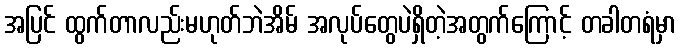
အပြင် ထွက်တာလည်းမဟုတ်ဘဲအိမ် အလုပ်တွေပဲရှိတဲ့အတွက်ကြောင့် တခါတရံမှာ